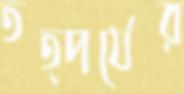
তত্পর্যের